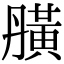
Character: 䵊